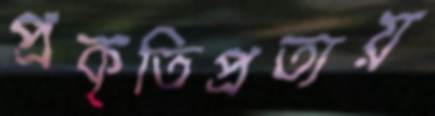
প্রকৃতিপ্রত্যয়